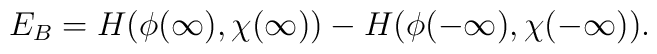
E_B=H(\phi(\infty),\chi(\infty))-H(\phi(-\infty),\chi(-\infty)).